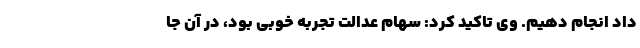
داد انجام دهیم. وی تاکید کرد: سهام عدالت تجربه خوبی بود، در آن جا